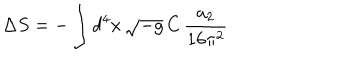
LaTeX: \Delta S = - \int d ^ { 4 } x \, \sqrt { - g } \, C \, \frac { a _ { 2 } } { 1 6 \pi ^ { 2 } }